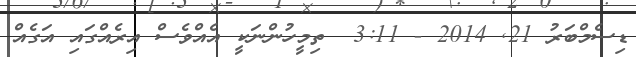
ޑިސެމްބަރު 21